Senior Leaving Certificate, 1939
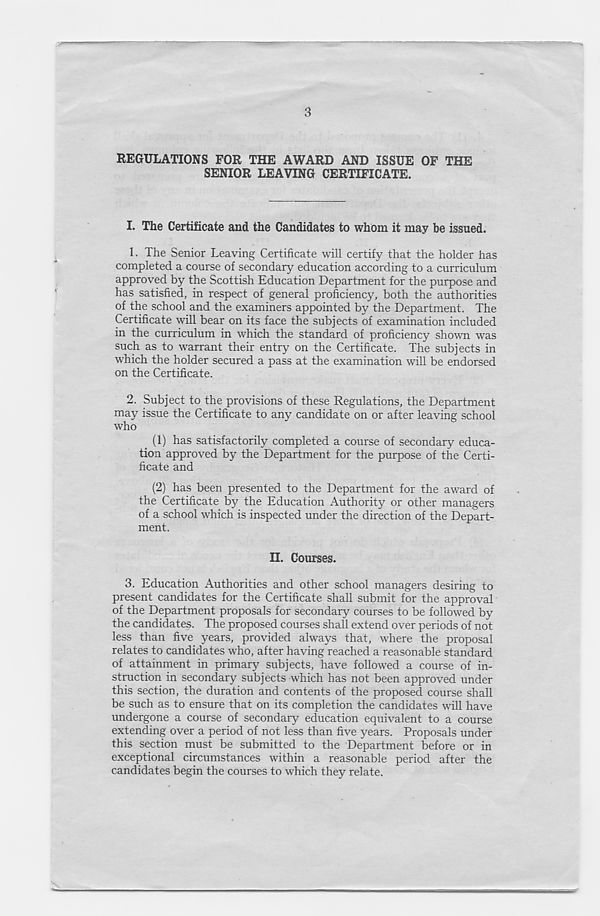
3
REGULATIONS FOR THE AWARD AND ISSUE OF THE
SENIOR LEAVING CERTIFICATE.
I. The Certificate and the Candidates to whom it may be issued.
1. The Senior Leaving Certificate will certify that the holder has
completed a course of secondary education according to a curriculum
approved by the Scottish Education Department for the purpose and
has satisfied, in respect of general proficiency, both the authorities
of the school and the examiners appointed by the Department. The
Certificate will bear on its face the subjects of examination included
in the curriculum in which the standard of proficiency shown was
such as to warrant their entry on the Certificate. The subjects in
which the holder secured a pass at the examination will be endorsed
on the Certificate.
2. Subject to the provisions of these Regulations, the Department
may issue the Certificate to any candidate on or after leaving school
who
(1) has satisfactorily completed a course of secondary educa-
tion approved by the Department for the purpose of the Certi-
ficate and
(2) has been presented to the Department for the award of
the Certificate by the Education Authority or other managers
of a school which is inspected under the direction of the Depart-
ment.
II. Courses.
3.
Education Authorities and other
present candidates for the Certificate shall submit for the approval
of the Department proposals for secondary courses to be followed by
the candidates. The proposed courses shall extend over periods of not
less than five years, provided always that, where the proposal
relates to candidates who, after having reached a reasonable standard
of attainment in primary subjects, have followed a course of in-
struction in secondary subjects which has not been approved under
this section, the duration and contents of the proposed course shall
be such as to ensure that on its completion the candidates will have
undergone a course of secondary education equivalent to a course
extending over a period of not less than five years. Proposals under
this section must be submitted to the Department before or in
exceptional circumstances within a reasonable period after the
candidates begin the courses to which they relate.